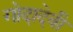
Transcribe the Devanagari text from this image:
गोदादेवी